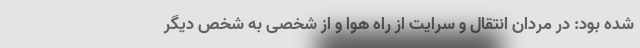
شده بود: در مردان انتقال و سرایت از راه هوا و از شخصی به شخص دیگر